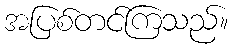
အပြစ်တင်ကြသည်။